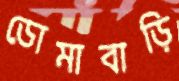
ডোমাবাড়ি